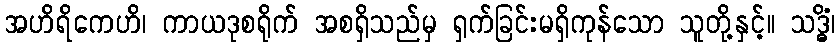
အဟိရိကေဟိ၊ ကာယဒုစရိုက် အစရှိသည်မှ ရှက်ခြင်းမရှိကုန်သော သူတို့နှင့်။ သဒ္ဓိံ၊